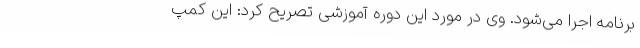
برنامه اجرا می‌شود. وی در مورد این دوره آموزشی تصریح کرد: این کمپ